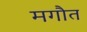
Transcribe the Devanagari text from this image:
मगौत